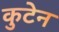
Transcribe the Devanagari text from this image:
कुटेन